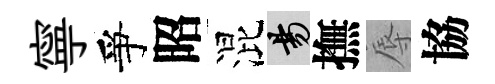
寧爭昭混昜撫辱協